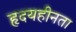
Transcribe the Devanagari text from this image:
हृदयहीनता